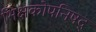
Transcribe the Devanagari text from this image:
भिक्षकोपनिषद्